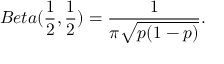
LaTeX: B e t a ( { \frac { 1 } { 2 } } , { \frac { 1 } { 2 } } ) = { \frac { 1 } { \pi { \sqrt { p ( 1 - p ) } } } } .